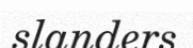
slanders